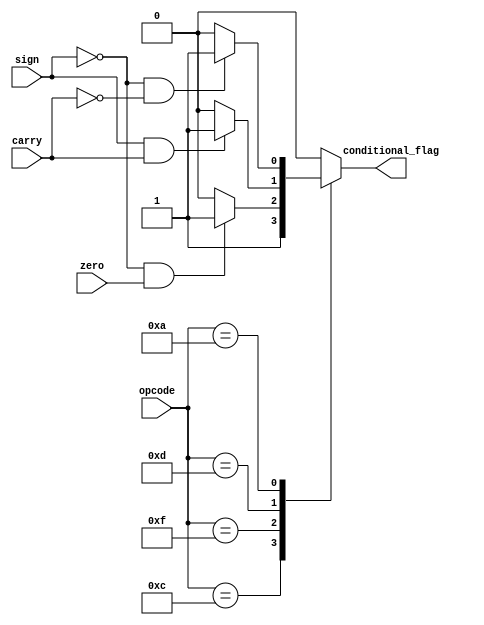
// The jump control block for determining if a jump is valid or not depending on flags from the ALU
module branch_control (
    input [5:0] opcode,
    input sign,
    input carry,
    input zero,
    output reg conditional_flag
);
    
    always @(*) begin
        case (opcode)
            6'b001100 : begin           // BR unconditional branch
                conditional_flag = 1;
            end

            6'b001111 : begin           // BZ branch on 
                if (!sign && zero)
                    conditional_flag = 1;
                else 
                    conditional_flag = 0;
            end

            6'b001101 : begin           // BMI branch if Reg value is negative
                if (sign && carry )
                    conditional_flag = 1;
                else 
                    conditional_flag = 0;
            end

            6'b001010 : begin           // BPL branch on R val positive
                if (!sign && !carry) 
                    conditional_flag = 1;
                else 
                    conditional_flag = 0;
                end
           
            default : conditional_flag = 0;
            
        endcase
    end

endmodule